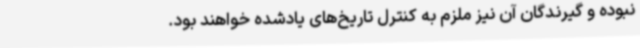
نبوده و گیرندگان آن نیز ملزم به کنترل تاریخ‌های یادشده خواهند بود.